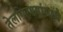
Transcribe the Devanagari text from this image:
तेलगिरण्यांमध्ये